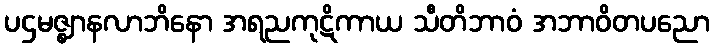
ပဌမဇ္ဈာနလာဘိနော အရညကုဋိကာယ သီတိဘာဝံ အဘာဝိတပညော